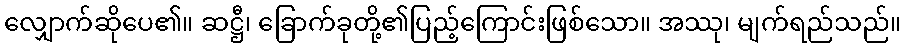
လျှောက်ဆိုပေ၏။ ဆဋ္ဌီ၊ ခြောက်ခုတို့၏ပြည့်ကြောင်းဖြစ်သော။ အဿု၊ မျက်ရည်သည်။